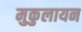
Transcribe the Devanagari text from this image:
मुकुलायन